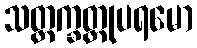
သတ္တက္ခတ္တုပရမော